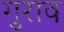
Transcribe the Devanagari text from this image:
गुराव